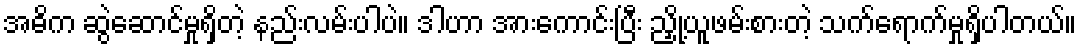
အဓိက ဆွဲဆောင်မှုရှိတဲ့ နည်းလမ်းပါပဲ။ ဒါဟာ အားကောင်းပြီး ညှို့ယူဖမ်းစားတဲ့ သက်ရောက်မှုရှိပါတယ်။